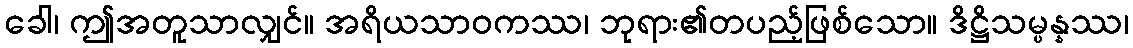
ခေါ၊ ဤအတူသာလျှင်။ အရိယသာဝကဿ၊ ဘုရား၏တပည့်ဖြစ်သော။ ဒိဋ္ဌိသမ္ပန္နဿ၊